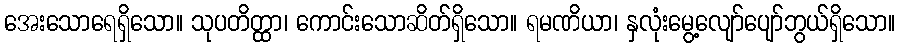
အေးသောရေရှိသော။ သုပတိတ္ထာ၊ ကောင်းသောဆိတ်ရှိသော။ ရမဏိယာ၊ နှလုံးမွေ့လျော်ပျော်ဘွယ်ရှိသော။